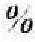
%